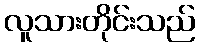
လူသားတိုင်းသည်